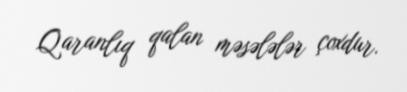
Qaranlıq qalan məsələlər çoxdur.